Indian journal of veterinary science and animal husbandry - Volumes 18-21, 1948-1951
Year: 1948
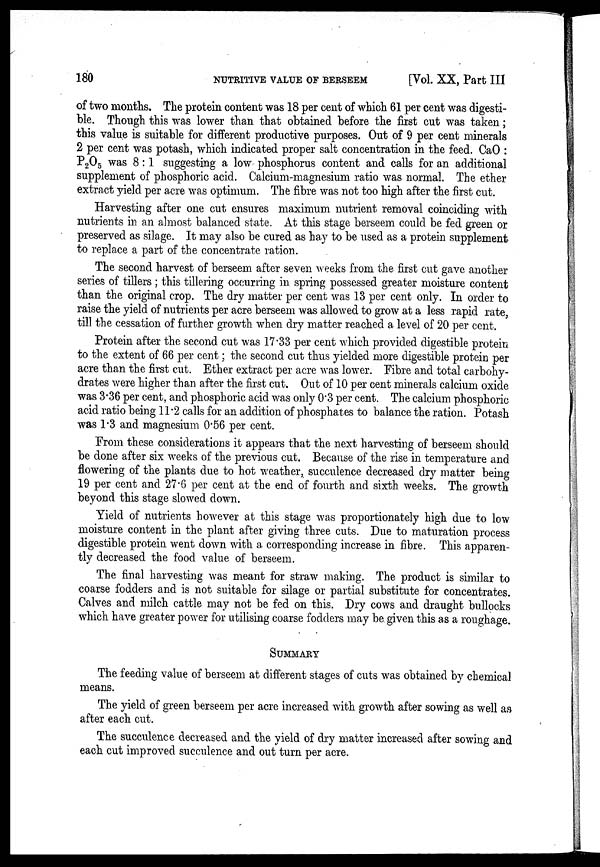
180
NUTRITIVE
VALUE
OF
BERSEEM
[Vol. XX, Part III
of two months. The protein content was 18 per cent of which 61 per cent was digesti-
ble. Though this was lower than that obtained before the first cut was taken ;
this value is suitable for different productive purposes. Out of 9 per cent minerals
2 per cent was potash, which indicated proper salt concentration in the feed. CaO :
P 2 O 5 was 8 : 1 suggesting a low phosphorus content and calls for an additional
supplement of phosphoric acid. Calcium-magnesium ratio was normal. The ether
extract yield per acre was optimum. The fibre was not too high after the first cut.
Harvesting after one cut ensures maximum nutrient removal coinciding with
nutrients in an almost balanced state. At this stage berseem could be fed green or
preserved as silage. It may also be cured as hay to be used as a protein supplement
to replace a part of the concentrate ration.
The second harvest of berseem after seven weeks from the first cut gave another
series of tillers ; this tillering occurring in spring possessed greater moisture content
than the original crop. The dry matter per cent was 13 per cent only. In order to
raise the yield of nutrients per acre berseem was allowed to grow at a less rapid rate,
till the cessation of further growth when dry matter reached a level of 20 per cent.
Protein after the second cut was 17.33 per cent which provided digestible protein
to the extent of 66 per cent ; the second cut thus yielded more digestible protein per
acre than the first cut. Ether extract per acre was lower. Fibre and total carbohy-
drates were higher than after the first cut. Out of 10 per cent minerals calcium oxide
was 3.36 per cent, and phosphoric acid was only 0.3 per cent. The calcium phosphoric
acid ratio being 11.2 calls for an addition of phosphates to balance the ration. Potash
was 1.3 and magnesium 0.56 per cent.
From these considerations it appears that the next harvesting of berseem should
be done after six weeks of the previous cut. Because of the rise in temperature and
flowering of the plants due to hot weather, succulence decreased dry matter being
19 per cent and 27.6 per cent at the end of fourth and sixth weeks. The growth
beyond this stage slowed down.
Yield of nutrients however at this stage was proportionately high due to low
moisture content in the plant after giving three cuts. Due to maturation process
digestible protein went down with a corresponding increase in fibre. This apparen-
tly decreased the food value of berseem.
The final harvesting was meant for straw making. The product is similar to
coarse fodders and is not suitable for silage or partial substitute for concentrates.
Calves and milch cattle may not be fed on this. Dry cows and draught bullocks
which have greater power for utilising coarse fodders may be given this as a roughage.
SUMMARY
The feeding value of berseem at different stages of cuts was obtained by chemical
means.
The yield of green berseem per acre increased with growth after sowing as well as
after each cut.
The succulence decreased and the yield of dry matter increased after sowing and
each cut improved succulence and out turn per acre.